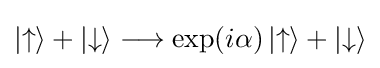
\left|\uparrow \right\rangle +\left|\downarrow \right\rangle \longrightarrow \exp(i\alpha )\left|\uparrow \right\rangle +\left|\downarrow \right\rangle